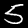
Digit: 5